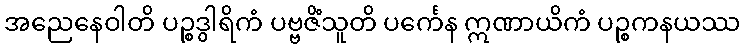
အညေနေဝါတိ ပဉ္စဒွါရိကံ ပဗ္ဗဇိံသူတိ ပင်္ကေန ဣဏာယိကံ ပဉ္စကနယဿ